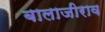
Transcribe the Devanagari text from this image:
बालाजीराव